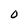
Character: 0